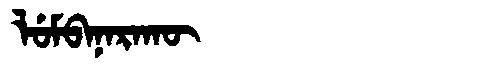
Manchu: ᠯᡠᠮᠪᠠᠨᠠᡵᠠᡴᡡ
Romanization: LUMBANARAKŪ